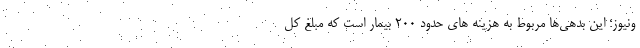
ونیوز؛ این بدهی‌ها مربوط به هزینه های حدود ۲۰۰ بیمار است که مبلغ کل